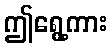
ဤရွေ့ကား